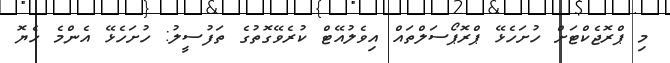
މި ޕްރޮޖެކްޓަށް ހުށަހެޅޭ ޕްރޮޕޯސަލްތައް އިވެލުއޭޓް ކުރެވޭގޮތުގެ ތަފުސީލު: ހުށަހެޅޭ އެންމެ ހެޔޮ